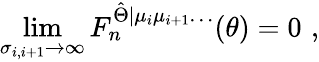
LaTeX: \operatorname*{lim}_{\sigma_{i,i+1}\rightarrow\infty}F_{n}^{\hat{\Theta}|\mu_{i}\mu_{i+1}\ldots}(\theta)=0\, \, ,